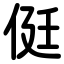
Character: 侹